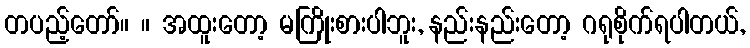
တပည့်တော်။ ။ အထူးတော့ မကြိုးစားပါဘူး, နည်းနည်းတော့ ဂရုစိုက်ရပါတယ်,